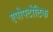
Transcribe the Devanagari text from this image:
एपोपटोटिक